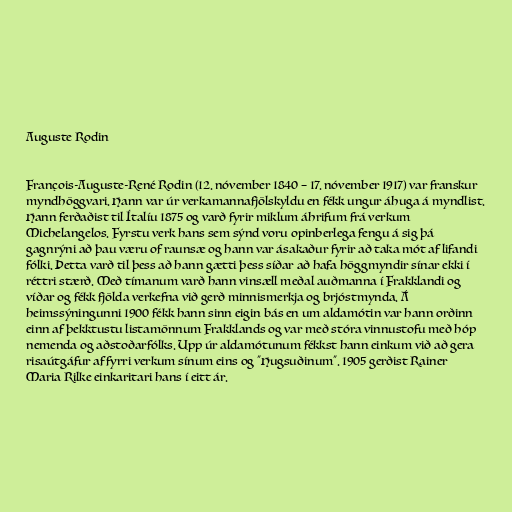
Auguste Rodin

François-Auguste-René Rodin (12. nóvember 1840 – 17. nóvember 1917) var franskur
myndhöggvari. Hann var úr verkamannafjölskyldu en fékk ungur áhuga á myndlist.
Hann ferðaðist til Ítalíu 1875 og varð fyrir miklum áhrifum frá verkum
Michelangelos. Fyrstu verk hans sem sýnd voru opinberlega fengu á sig þá
gagnrýni að þau væru of raunsæ og hann var ásakaður fyrir að taka mót af lifandi
fólki. Þetta varð til þess að hann gætti þess síðar að hafa höggmyndir sínar ekki í
réttri stærð. Með tímanum varð hann vinsæll meðal auðmanna í Frakklandi og
víðar og fékk fjölda verkefna við gerð minnismerkja og brjóstmynda. Á
heimssýningunni 1900 fékk hann sinn eigin bás en um aldamótin var hann orðinn
einn af þekktustu listamönnum Frakklands og var með stóra vinnustofu með hóp
nemenda og aðstoðarfólks. Upp úr aldamótunum fékkst hann einkum við að gera
risaútgáfur af fyrri verkum sínum eins og "Hugsuðinum". 1905 gerðist Rainer
Maria Rilke einkaritari hans í eitt ár.